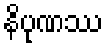
နိပုဏဿ